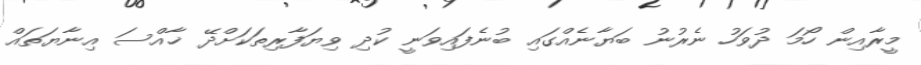
މީރާއިން ހޯމަ ދުވަހު ނެރުނު ބަޔާނެއްގައި ބުނެފައިވަނީ ކުދި ވިޔަފާރިތަކަށްދޭ ޚާއްސަ އިނާޔަތައް